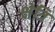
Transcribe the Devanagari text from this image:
क्षेत्रिं